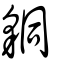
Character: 𧳆